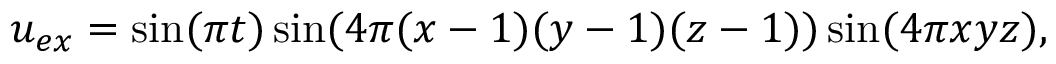
u _ { e x } = \sin ( \pi t ) \sin ( 4 \pi ( x - 1 ) ( y - 1 ) ( z - 1 ) ) \sin ( 4 \pi x y z ) ,